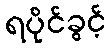
ရပိုင်ခွင့်